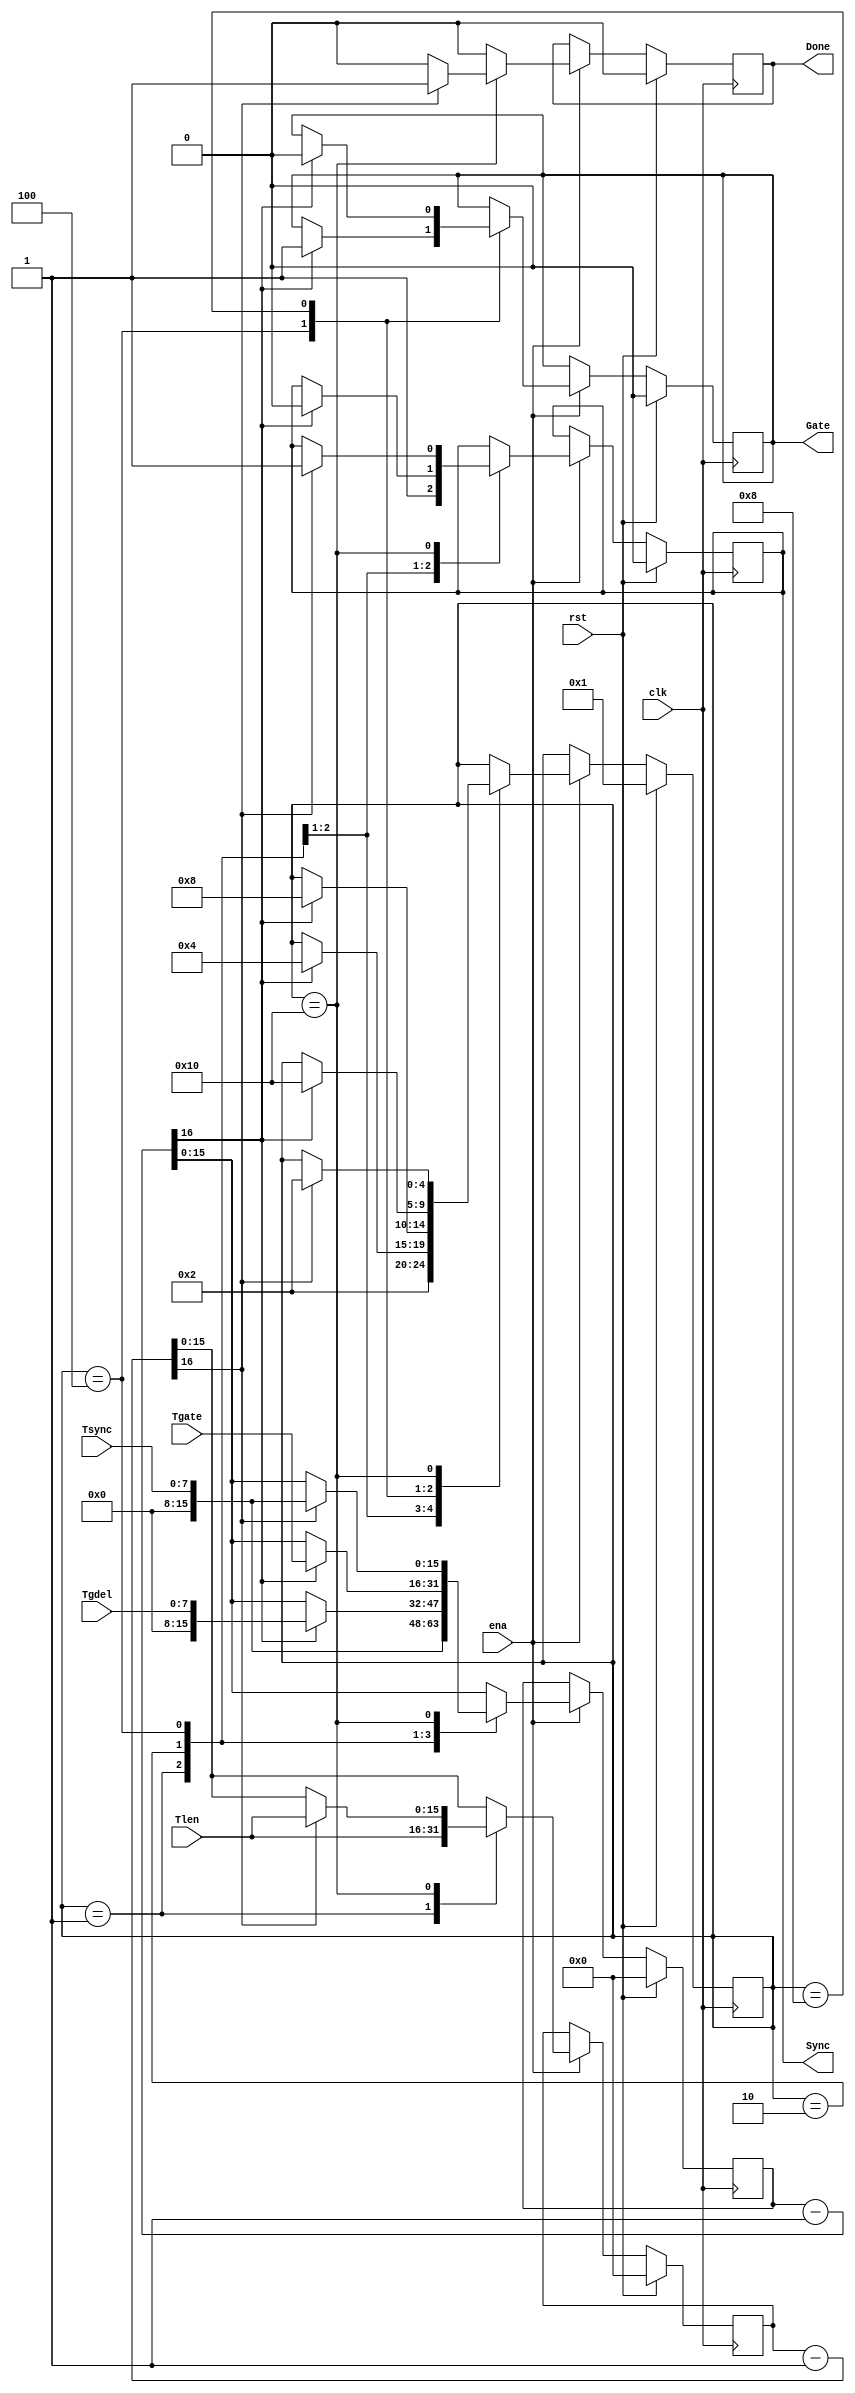
module vga_vtim(clk, ena, rst, Tsync, Tgdel, Tgate, Tlen, Sync, Gate, Done);
	// inputs & outputs
	input clk; // master clock
	input ena; // count enable
	input rst; // synchronous active high reset

	input [ 7:0] Tsync; // sync duration
	input [ 7:0] Tgdel; // gate delay
	input [15:0] Tgate; // gate length
	input [15:0] Tlen;  // line time / frame time

	output Sync; // synchronization pulse
	output Gate; // gate
	output Done; // done with line/frame
	reg Sync;
	reg Gate;
	reg Done;

	//
	// module body
	//

	// generate timing statemachine
	reg  [15:0] cnt, cnt_len;
	wire [16:0] cnt_nxt, cnt_len_nxt;
	wire        cnt_done, cnt_len_done;

	assign cnt_nxt = {1'b0, cnt} -17'h1;
	assign cnt_done = cnt_nxt[16];

	assign cnt_len_nxt = {1'b0, cnt_len} -17'h1;
	assign cnt_len_done = cnt_len_nxt[16];

	reg [4:0] state;
	parameter [4:0] idle_state = 5'b00001;
	parameter [4:0] sync_state = 5'b00010;
	parameter [4:0] gdel_state = 5'b00100;
	parameter [4:0] gate_state = 5'b01000;
	parameter [4:0] len_state  = 5'b10000;

	always @(posedge clk)
	  if (rst)
	    begin
	        state   <= #1 idle_state;
	        cnt     <= #1 16'h0;
	        cnt_len <= #1 16'b0;
	        Sync    <= #1 1'b0;
	        Gate    <= #1 1'b0;
	        Done    <= #1 1'b0;
	    end
	  else if (ena)
	    begin
	        cnt     <= #1 cnt_nxt[15:0];
	        cnt_len <= #1 cnt_len_nxt[15:0];

	        Done    <= #1 1'b0;

	        case (state) // synopsys full_case parallel_case
	          idle_state:
	            begin
	                state   <= #1 sync_state;
	                cnt     <= #1 Tsync;
	                cnt_len <= #1 Tlen;

	                Sync    <= #1 1'b1;
	            end

	          sync_state:
	            if (cnt_done)
	              begin
	                  state <= #1 gdel_state;
	                  cnt   <= #1 Tgdel;

	                  Sync  <= #1 1'b0;
	              end

	          gdel_state:
	            if (cnt_done)
	              begin
	                  state <= #1 gate_state;
	                  cnt   <= #1 Tgate;

	                  Gate  <= #1 1'b1;
	              end

	          gate_state:
	            if (cnt_done)
	              begin
	                  state <= #1 len_state;

	                  Gate  <= #1 1'b0;
	              end

	          len_state:
	            if (cnt_len_done)
	              begin
	                  state   <= #1 sync_state;
	                  cnt     <= #1 Tsync;
	                  cnt_len <= #1 Tlen;

	                  Sync    <= #1 1'b1;
	                  Done    <= #1 1'b1;
	              end

	        endcase
	    end
endmodule